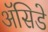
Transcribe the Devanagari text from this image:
ॲसिडे